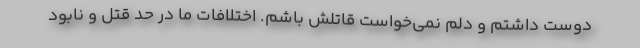
دوست داشتم و دلم نمی‌خواست قاتلش باشم. اختلافات ما در حد قتل و نابود